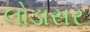
લોડાસર